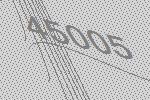
45005